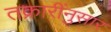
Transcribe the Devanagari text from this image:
तक्रारींनुसार